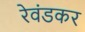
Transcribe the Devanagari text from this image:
रेवंडकर